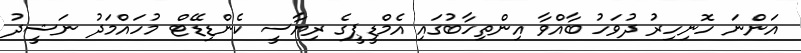
އަންނަ ހޮނިހިރު ދުވަހު ބާއްވާ އިންތިހާބުގައި އެމްޑީޕީގެ ރިޔާސީ ކެންޑިޑޭޓް މުހައްމަދު ނަޝީދު